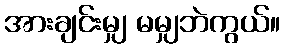
အားချင်းမျှ မမျှဘဲကွယ်။